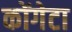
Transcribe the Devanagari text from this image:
कोंगेटा